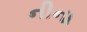
નીના